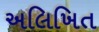
અલિખિત